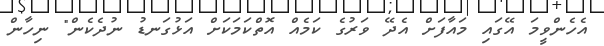
އެހެންވީމަ އޭގައި މައާފަށް އެދޭ ވަރުގެ ކަމެއް އޮތްކަމަކަށް އަޅުގަނޑު ނުދެކެން" ނިހާން